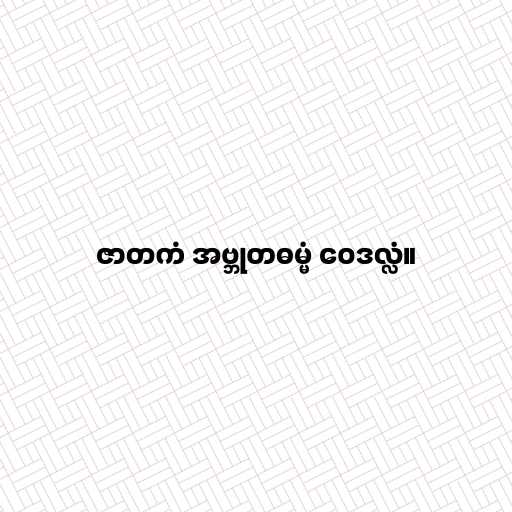
ဇာတကံ အဗ္ဘုတဓမ္မံ ဝေဒလ္လံ။